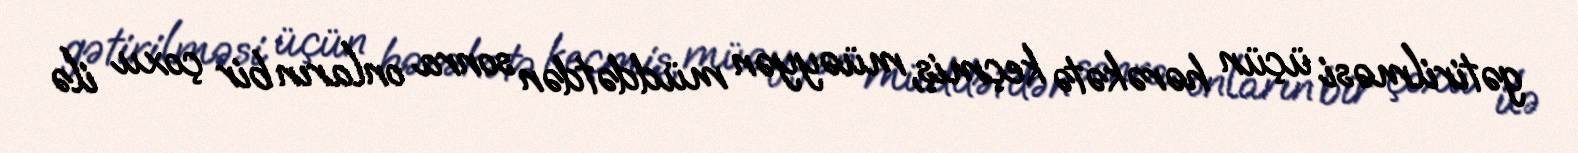
gətirilməsi üçün hərəkətə keçmiş, müəyyən müddətdən sonra onların bir çoxu ilə